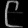
Digit: ၉